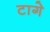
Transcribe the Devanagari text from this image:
टागे